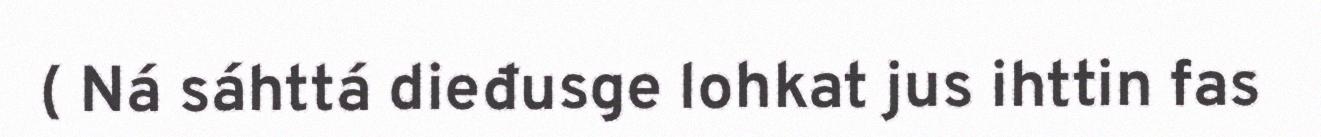
( Ná sáhttá dieđusge lohkat jus ihttin fas